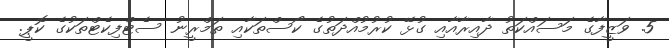
5. ވަޒީފާގެ މަސައްކަތު ދާއިރާއާއި ގުޅޭ ކުރުމުއްދަތުގެ ކޯސްތަކާއި ތަމްރީނު ސެޓްފިކެޓްތަކުގެ ކޮޕީ.